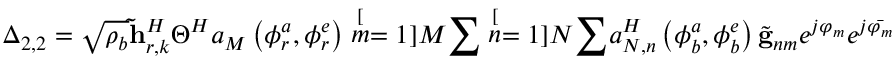
\Delta _ { 2 , 2 } = \sqrt { \rho _ { b } } \mathbf { \tilde { h } } _ { r , k } ^ { H } \Theta ^ { H } a _ { M } \left( \phi _ { r } ^ { a } , \phi _ { r } ^ { e } \right) \stackrel [ m = 1 ] { M } { \sum } \stackrel [ n = 1 ] { N } { \sum } a _ { N , n } ^ { H } \left( \phi _ { b } ^ { a } , \phi _ { b } ^ { e } \right) \tilde { \mathbf { g } } _ { n m } e ^ { j \varphi _ { m } } e ^ { j \bar { \varphi _ { m } } }